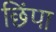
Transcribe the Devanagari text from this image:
छिंपा